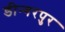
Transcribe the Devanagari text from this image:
डीन्गरपुर